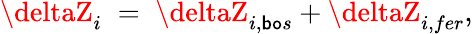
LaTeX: \deltaZ_{i}\; =\; \deltaZ_{i,\mathsf{b}\mathtt{o}s}+\deltaZ_{i,fer},